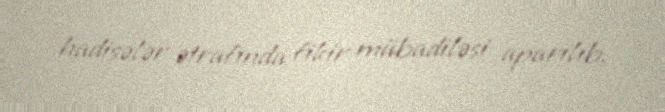
hadisələr ətrafında fikir mübadiləsi aparılıb.